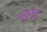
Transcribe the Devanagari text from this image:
नल्व